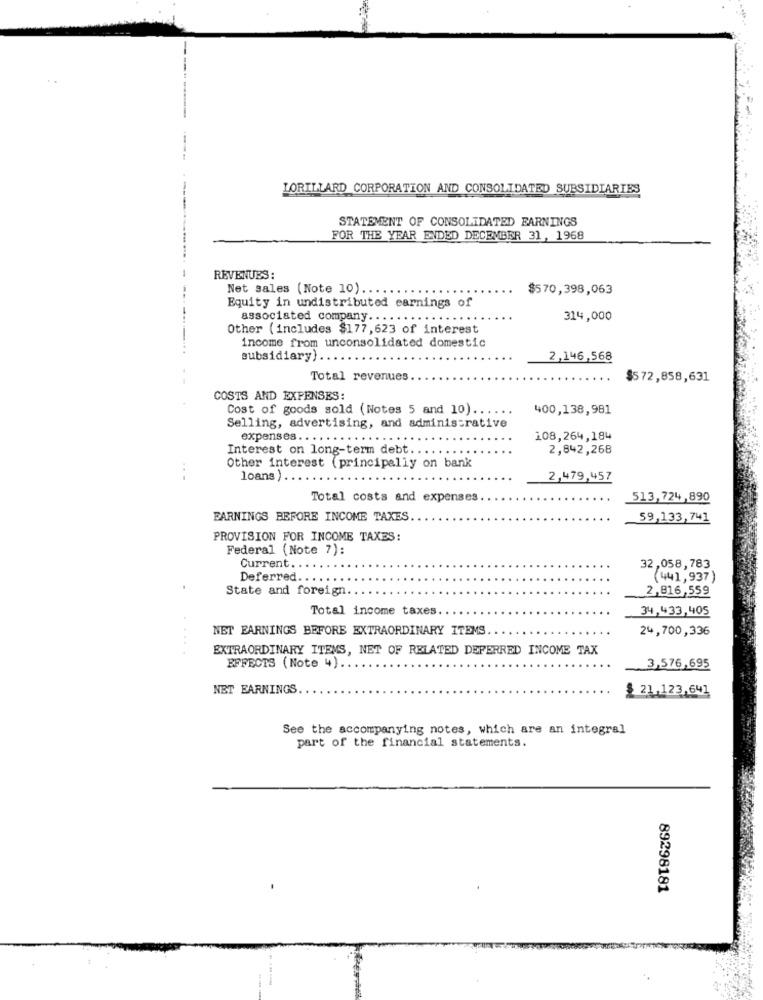
--
LORILLARD CORPORATION AND CONSOLIDATED SUBSIDIARIES
---
STATEMENT OF CONSOLIDATED EARNINGS
FOR THE YEAR ENDED DECEMBER 31, 1968
REVENUES
Net sales (Note 10) ..
$570,398,063
Equity in undistributed earnings of
associated company. . . .
314,000
Other (includes $177, 623 of interest
income from unconsolidated domestic
subsidiary) ..
2,146,568
Total revenues
$572,858,631
COSTS AND EXPENSES:
Cost of goods sold (Notes 5 and 10) ......
400,138,981
Selling, advertising, and administrative
expenses .. .
108,264,184
Interest on long-term debt ....
2,842,268
Other interest (principally on bank
loans ).
2,479,457
Total costs and expenses
513,724,890
EARNINGS BEFORE INCOME TAXES
59,133,741
PROVISION FOR INCOME TAXES:
Federal (Note 7):
Current.
32,058,783
Deferred
(441,937)
State and foreign
2,816,559
Total income taxes.
34,433,405
NET EARNINGS BEFORE EXTRAORDINARY ITEMS
24,700,336
EXTRAORDINARY ITEMS, NET OF RELATED DEFERRED INCOME TAX
EFFECTS (Note 4).
3,576,695
NET EARNINGS
$ 21,123,641
See the accompanying notes, which are an integral
part of the financial statements.
89298181